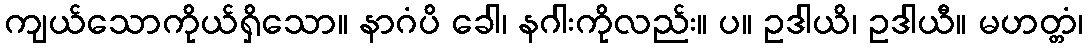
ကျယ်သောကိုယ်ရှိသော။ နာဂံပိ ခေါ၊ နဂါးကိုလည်း။ ပ။ ဥဒါယိ၊ ဥဒါယီ။ မဟတ္တံ၊